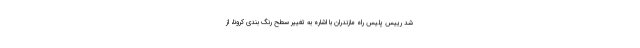
شد رییس پلیس راه مازندران با اشاره به تغییر سطح رنگ بندی کرونا، از